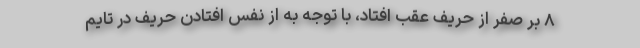
۸ بر صفر از حریف عقب افتاد، با توجه به از نفس افتادن حریف در تایم